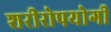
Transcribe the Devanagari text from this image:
शरीरोपयोगी